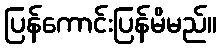
ပြန်ကောင်းပြန်မိမည်။